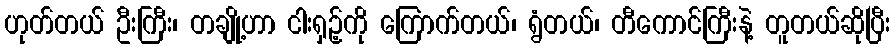
ဟုတ်တယ် ဦးကြီး၊ တချို့ဟာ ငါးရှဉ့်ကို ကြောက်တယ်၊ ရွံတယ်၊ တီကောင်ကြီးနဲ့ တူတယ်ဆိုပြီး